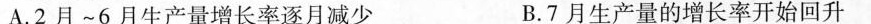
A.2月~6月生产量增长率逐月减少 B.7月生产量的增长率开始回升